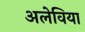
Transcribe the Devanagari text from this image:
अलेविया